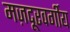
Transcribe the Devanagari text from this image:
मज़दूरवर्गीय